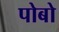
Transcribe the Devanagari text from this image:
पोबो